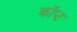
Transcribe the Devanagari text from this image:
कॉप्ट